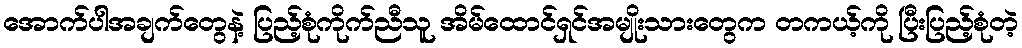
အောက်ပါအချက်တွေနဲ့ ပြည့်စုံကိုက်ညီသူ အိမ်ထောင်ရှင်အမျိုးသားတွေက တကယ့်ကို ပြီးပြည့်စုံတဲ့